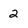
Character: 2